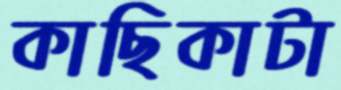
কাছিকাটা